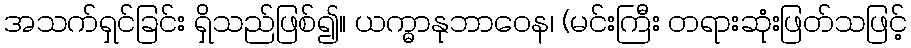
အသက်ရှင်ခြင်း ရှိသည်ဖြစ်၍။ ယက္ဓာနုဘာဝေန၊ (မင်းကြီး တရားဆုံးဖြတ်သဖြင့်